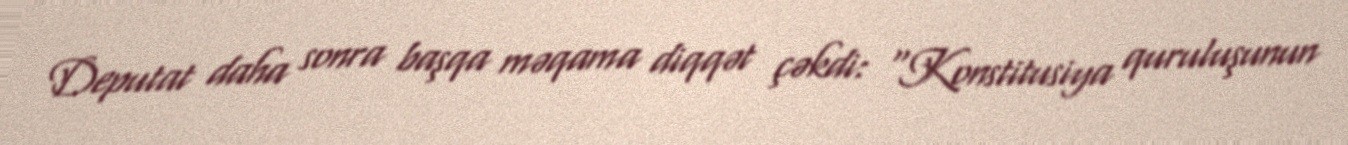
Deputat daha sonra başqa məqama diqqət çəkdi: “Konstitusiya quruluşunun